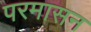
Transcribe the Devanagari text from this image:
परमासन